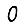
Digit: 0